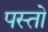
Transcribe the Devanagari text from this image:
पस्तो